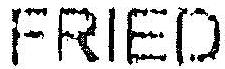
FRIED